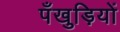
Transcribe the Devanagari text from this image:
पँखुड़ियों